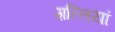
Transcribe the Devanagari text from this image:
ग़ल्तियां